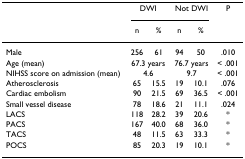
|  | <COLSPAN=2> DWI | <COLSPAN=2> Not DWI | P |
 |  | n | % | n | % |  |
 | --- | --- | --- | --- | --- | --- |
 | Male | 256 | 61 | 94 | 50 | .010 |
 | Age (mean) | <COLSPAN=2> 67.3 years | <COLSPAN=2> 76.7 years | < .001 |
 | NIHSS score on admission (mean) | <COLSPAN=2> 4.6 | <COLSPAN=2> 9.7 | < .001 |
 | Atherosclerosis | 65 | 15.5 | 19 | 10.1 | .076 |
 | Cardiac embolism | 90 | 21.5 | 69 | 36.5 | < .001 |
 | Small vessel disease | 78 | 18.6 | 21 | 11.1 | .024 |
 | LACS | 118 | 28.2 | 39 | 20.6 | * |
 | PACS | 167 | 40.0 | 68 | 36.0 | * |
 | TACS | 48 | 11.5 | 63 | 33.3 | * |
 | POCS | 85 | 20.3 | 19 | 10.1 | * |